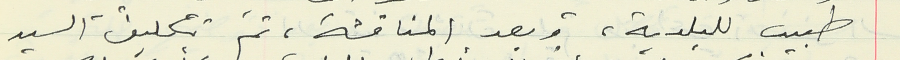
طبيب للبلدية، وبعد المناقشة، تمّ تكليف السيد